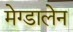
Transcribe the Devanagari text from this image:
मेग्डालेन